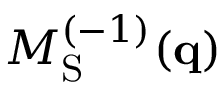
M _ { \mathrm { S } } ^ { ( - 1 ) } ( \mathbf { q } )